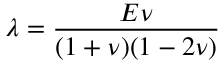
\lambda = \frac { E \nu } { ( 1 + \nu ) ( 1 - 2 \nu ) }